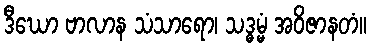
ဒီဃော ဗာလာန သံသာရော၊ သဒ္ဓမ္မံ အဝိဇာနတံ။